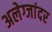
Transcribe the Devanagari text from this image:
अलेग्जांदर